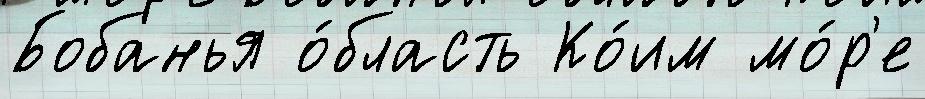
Бобанья о́бласть Ко́им мо́р'е